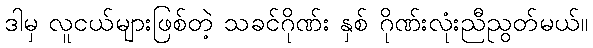
ဒါမှ လူငယ်များဖြစ်တဲ့ သခင်ဂိုဏ်း နှစ် ဂိုဏ်းလုံးညီညွတ်မယ်။